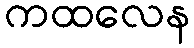
ကထလေန